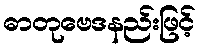
ဓာတုဗေဒနည်းဖြင့်